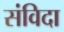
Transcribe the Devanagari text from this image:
संविदा